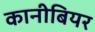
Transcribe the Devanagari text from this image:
कानीबियर